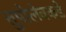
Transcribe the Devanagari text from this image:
तुपोलेवकडे